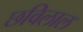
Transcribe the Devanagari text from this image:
छविलाल